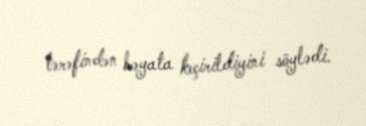
tərəfindən həyata keçirildiyini söylədi.